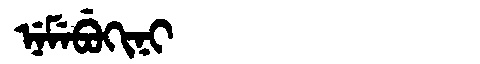
Manchu: ᠨᡝᠮᡝᠪᡠᡴᡳᠨᡳ
Romanization: NEMEBUKINI